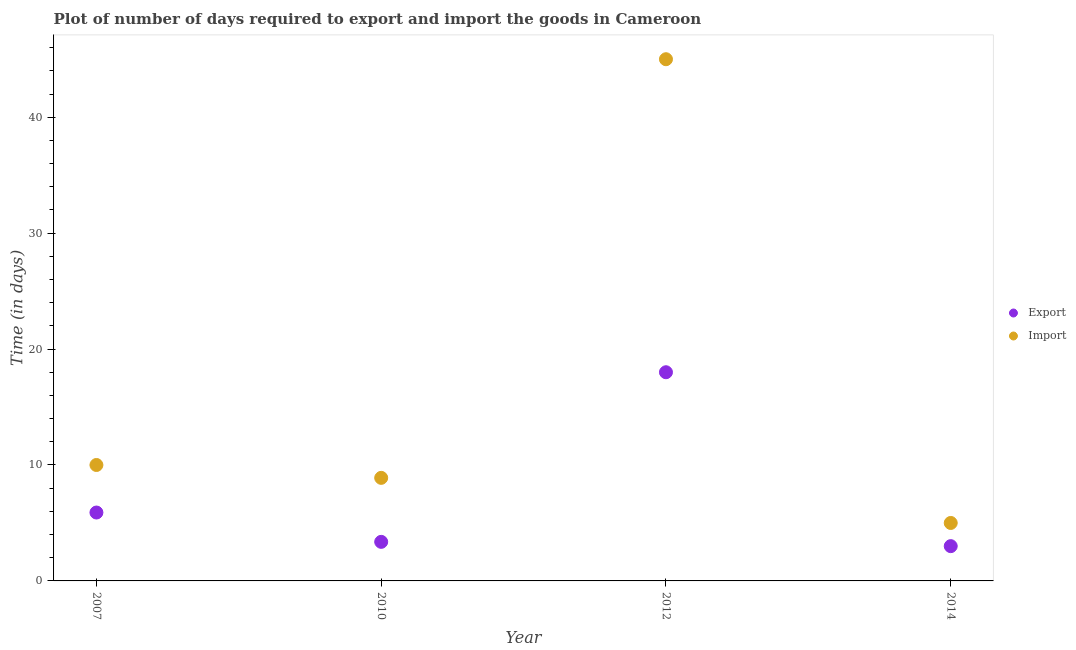
| Year | Export | Import |
 | --- | --- | --- |
 | 2007 | 5.9 | 10 |
 | 2010 | 3.37 | 8.89 |
 | 2012 | 18 | 45 |
 | 2014 | 3 | 5 |